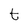
Character: t